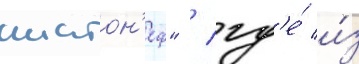
шатон'еф" / гд'е́ и́з